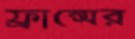
ফ্রান্সের